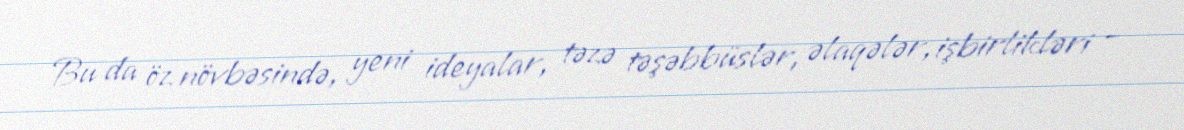
Bu da öz növbəsində, yeni ideyalar, təzə təşəbbüslər, əlaqələr, işbirlikləri –